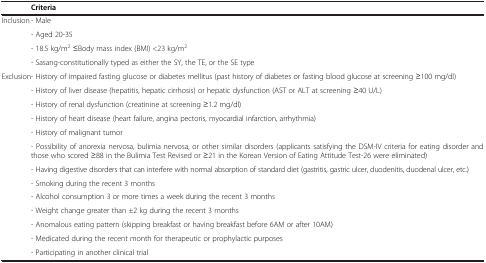
| Criteria |
 | --- |
 | Inclusion - Male |
 | - Aged 20-35 |
 | - 18.5 kg/m2 ≤Body mass index (BMI) <23 kg/m2 |
 | - Sasang-constitutionally typed as either the SY, the TE, or the SE type |
 | Exclusion- History of impaired fasting glucose or diabetes mellitus (past history of diabetes or fasting blood glucose at screening ≥100 mg/dl) |
 | - History of liver disease (hepatitis, hepatic cirrhosis) or hepatic dysfunction (AST or ALT at screening ≥40 U/L) |
 | - History of renal dysfunction (creatinine at screening ≥1.2 mg/dl) |
 | - History of heart disease (heart failure, angina pectoris, myocardial infarction, arrhythmia) |
 | - History of malignant tumor |
 | - Possibility of anorexia nervosa, bulimia nervosa, or other similar disorders (applicants satisfying the DSM-IV criteria for eating disorder andthose who scored ≥88 in the Bulimia Test Revised or ≥21 in the Korean Version of Eating Attitude Test-26 were eliminated) |
 | - Having digestive disorders that can interfere with normal absorption of standard diet (gastritis, gastric ulcer, duodenitis, duodenal ulcer, etc.) |
 | - Smoking during the recent 3 months |
 | - Alcohol consumption 3 or more times a week during the recent 3 months |
 | - Weight change greater than ±2 kg during the recent 3 months |
 | - Anomalous eating pattern (skipping breakfast or having breakfast before 6AM or after 10AM) |
 | - Medicated during the recent month for therapeutic or prophylactic purposes |
 | - Participating in another clinical trial |